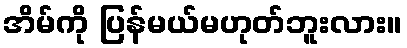
အိမ်ကို ပြန်မယ်မဟုတ်ဘူးလား။